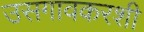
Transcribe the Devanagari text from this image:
उसगावकरशी